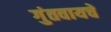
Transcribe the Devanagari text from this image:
गुंतवायचे